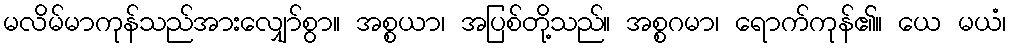
မလိမ်မာကုန်သည်အားလျှော်စွာ။ အစ္စယာ၊ အပြစ်တို့သည်။ အစ္စဂမာ၊ ရောက်ကုန်၏။ ယေ မယံ၊